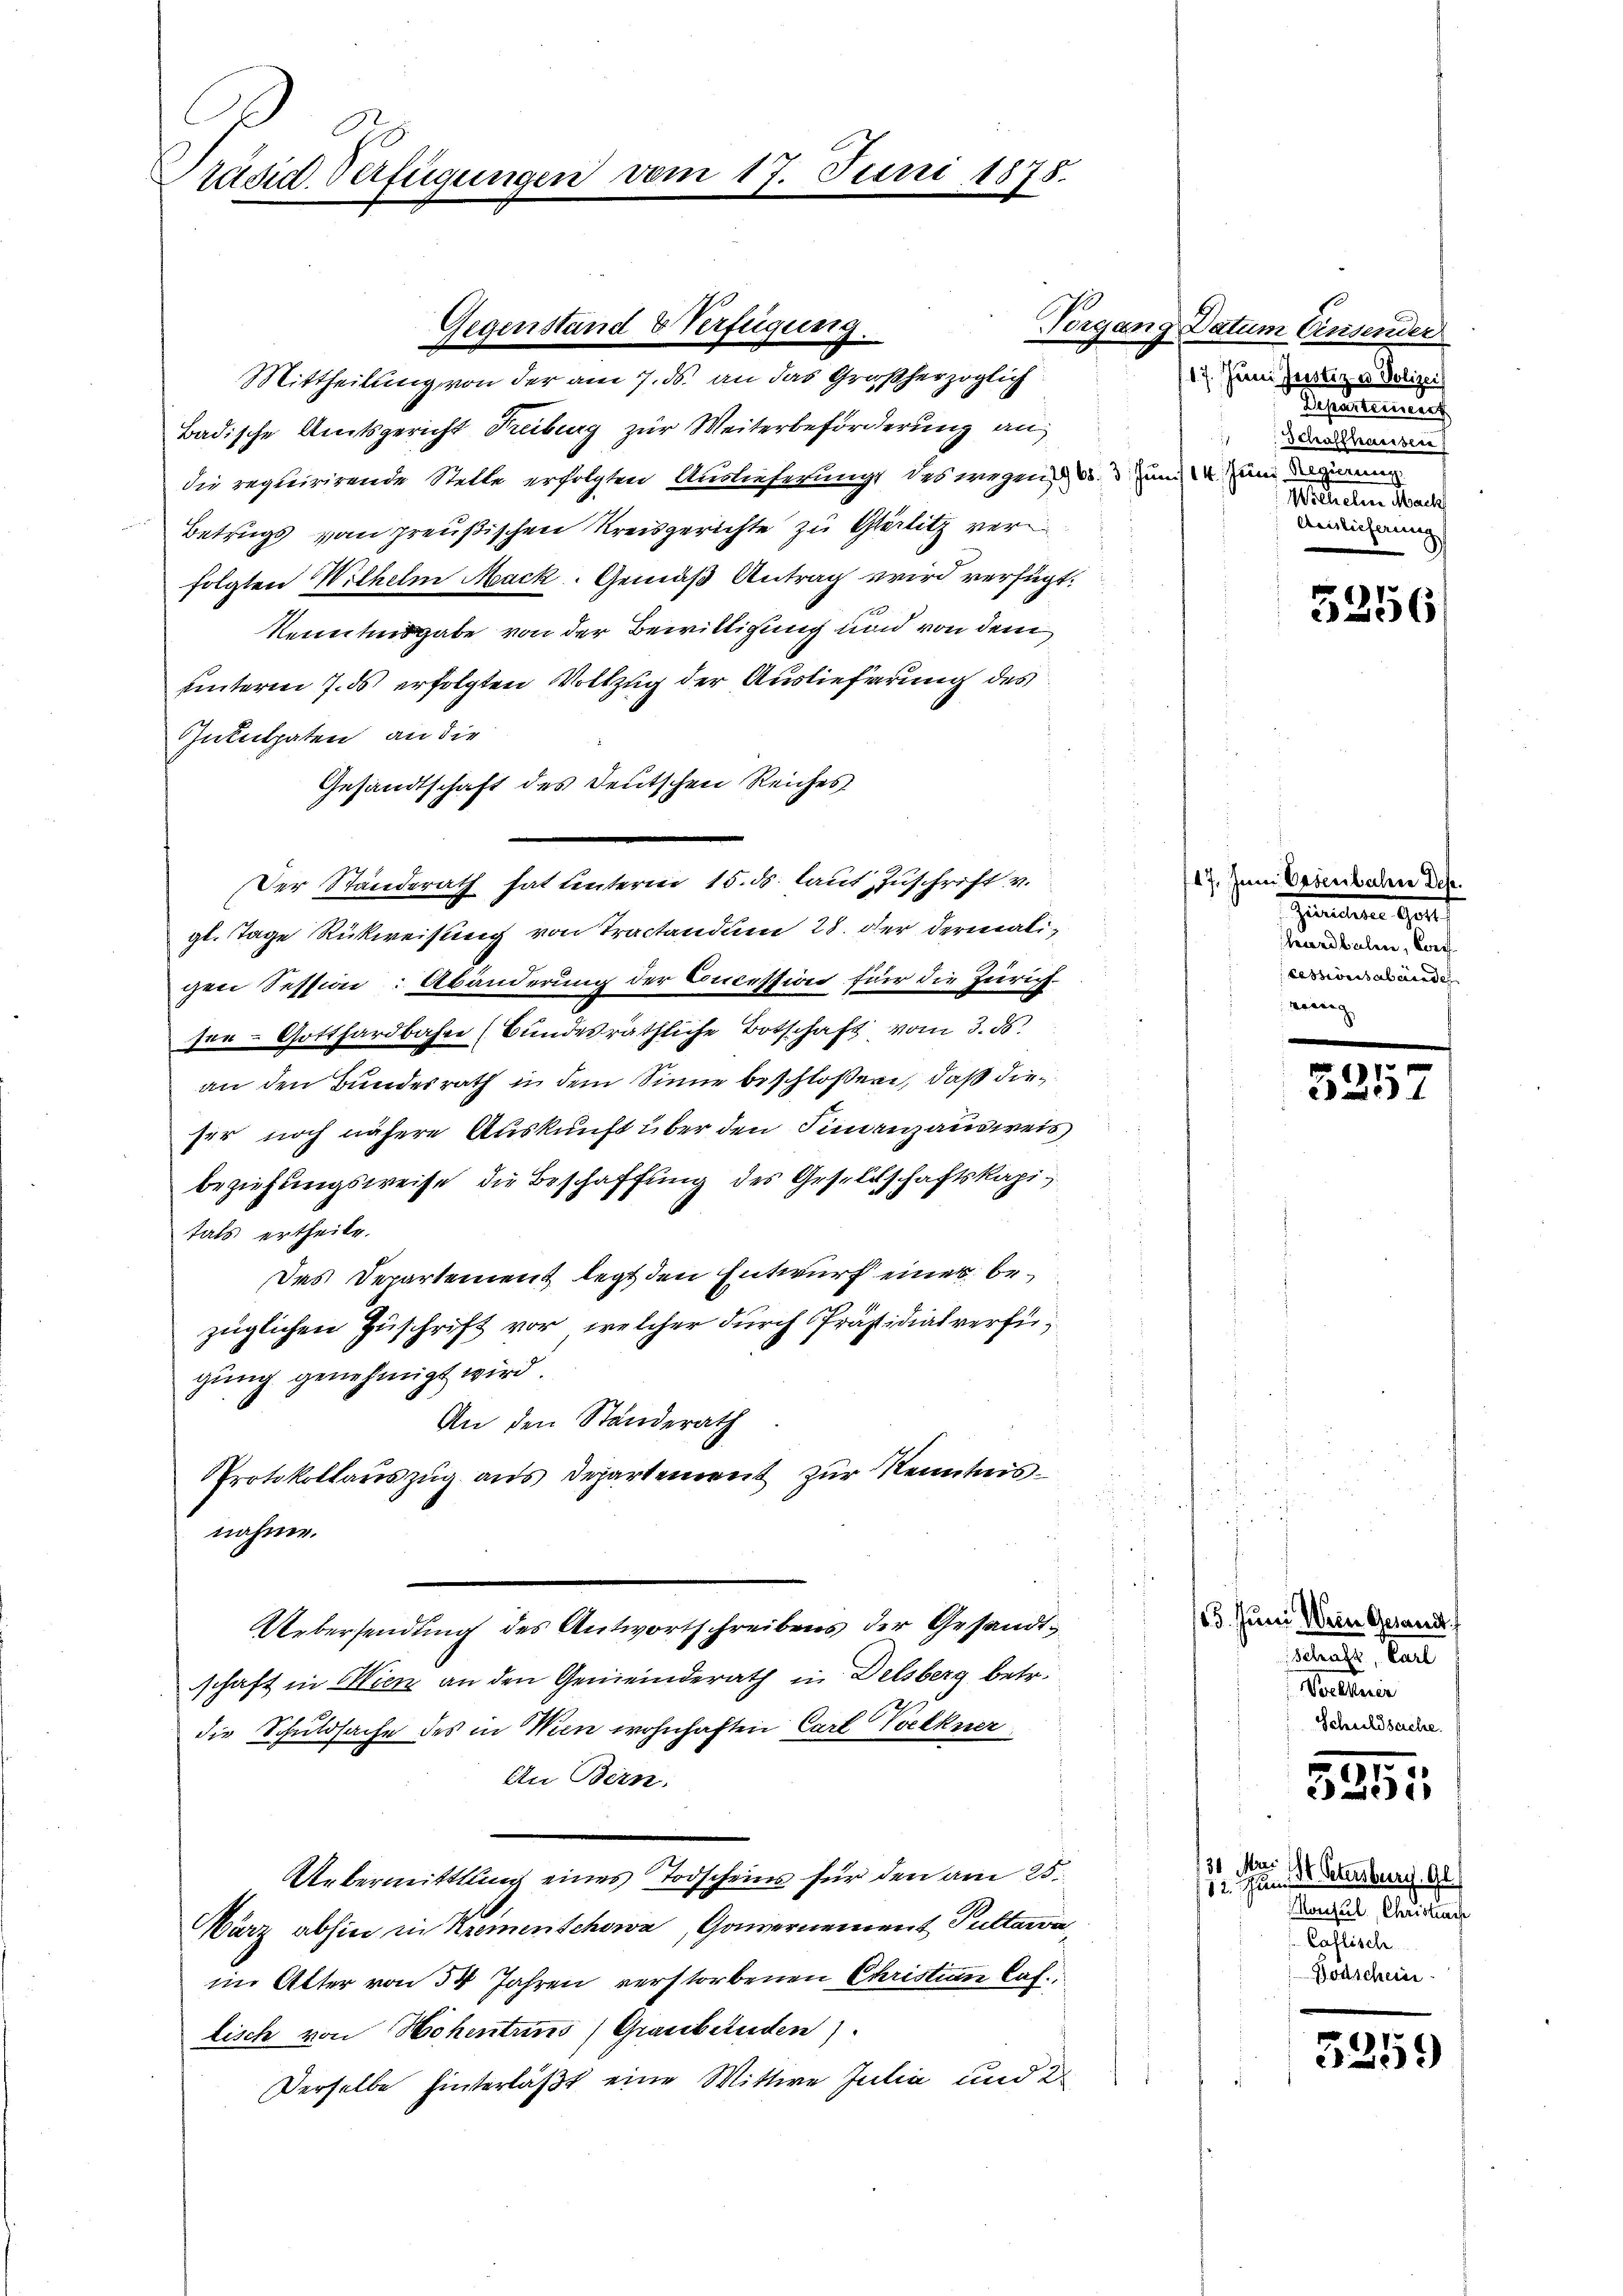
räsid. Verfügungen vom 17. Juni 1878.

Badische Amtsgericht Freiburg zur Weiterbeförderung an
die requirirende Stelle erfolgten Auslieferung des wegen d. d und um Regierung
Betrugs vom preußischen Kreisgerichte zu Gleisitz verfolgten Wilhelm Mack. Gemäß Antrag wird verfügt:
kenntensgabe von der Bewilligung und von dem
uinterm 7. ds erfolgten Vollzug der Auslieferung des
Gutulpaten, an die
Gesandtschaft des Deutschen Reiches
Der Standerath hat Leuterm 15. ds. laut Zuschrift v.
gl. Tage Rückweisung von Tractandum 28. der dermaligen Session: Abänderung der Concession für die Zürich-
see- Gotthardbahn (Bundesräthliche Botschaft vom 3. ds.
an den Bundesrath in dem Sinne beschloßen, daß dieser noch nähere Auskunft über den Findenzausweis
beziehungsweise die Beschaffung des Gesellschaftskapitats ertheile.
Das Departement legt den Entwurf einer bezüglichen Zuschrift vor, welcher durch Präsidialverfügung genehmigt wird.
An den Standerath
Protokollauszug aus Departenweit zur Kenntnis¬
.
nahme.
Uebersendung des Antwortschreibens der Gesandtschaft in Wien an den Gemeinderath in Delsberg betr.
die Schuldsache des in Wien wohnhaften Carl Volkner
An Bern.
Urbermittlung eines Todscheins für den am 25.
Wärz abhin in Kremenschowa, Gouvernement Pultaera
im Alter von 34 Jahren verstorbenen Christin laslisch von Hohentens (Graubünden).
Derselbe hinterläßt eine Wittwe Julia und 2

Gegenstand & Verfügung.
Mittheilung von der am 7. ds. an das Großherzoglich

Vorgang Datum Einsender
17. Jenni Justiz- & Polizei
Departeien
Schaffhaussen
Wilhelm Macht
Aeslieferung

5256

17. Juni Essenbahne Dech
Gemtern auf
hardbalen, wei
cessionsabende
wenig

.
25

125. Juni Wien Gesandt
act. Cant
Voellner
Schuldsache.

7
e
i

30 Mari
12. Jun. Dr Stersburg, Gl
Monsul, Christrafe
Caflisch
Boaschein

3259